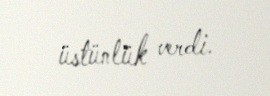
üstünlük verdi.